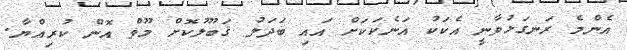
އެންމެ ރަނގަޅުވާނީ އެކަކު އަނެކަަކަށް އައި ބަދަލު ޤަބޫލުކޮށް މޫވް އޮން ކުރިއްޔާ.